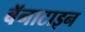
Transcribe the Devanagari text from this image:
बॅनाटाइन